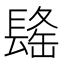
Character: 𰿒